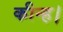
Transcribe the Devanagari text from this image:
कीन्ह।